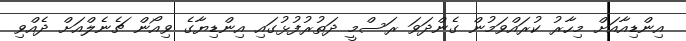
އިންޑިއާއަށް މިހާރު ކުރައްވަމުން ގެންދަވަ ރަސްމީ ދަތުރުފުޅުގައި އިންޑިޔާގެ ވިއޯން ޗެނެލްއަށް ދެއްވި